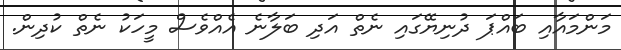
މަންމައާއި ބައްޕަ ދުނިޔޭގައި ނެތް އަދި ބަލާނެ އެއްވެސް މީހަކު ނެތް ކުދިން.